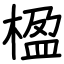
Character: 楹